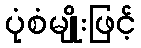
ပုံစံမျိုးဖြင့်